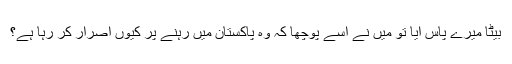
بیٹا میرے پاس آیا تو میں نے اسے پوچھا کہ وہ پاکستان میں رہنے پر کیوں اصرار کر رہا ہے؟